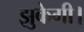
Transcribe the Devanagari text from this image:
झुकेगी।